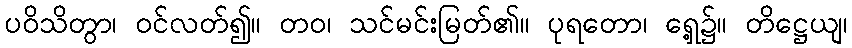
ပဝိသိတွာ၊ ဝင်လတ်၍။ တဝ၊ သင်မင်းမြတ်၏။ ပုရတော၊ ရှေ့၌။ တိဋ္ဌေယျ၊